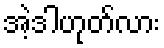
အဲ့ဒါဟုတ်လား